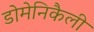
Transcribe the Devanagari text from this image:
डोमेनिकैली